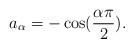
LaTeX: \begin{align*} a_\alpha=-\cos(\frac{\alpha\pi}{2}).\end{align*}